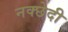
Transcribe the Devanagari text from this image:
नक्छेदी